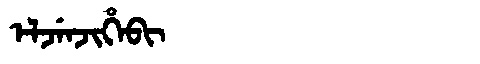
Manchu: ᡝᠯᠵᡝᠨᠵᡳᡥᡝᠪᡳ
Romanization: ELJENJIHEBI